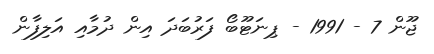
ޖޫން 7 - 1991 - ޕިނަޓޫބޯ ފަރުބަދަ އިން ދުމާއި އަލިފާން